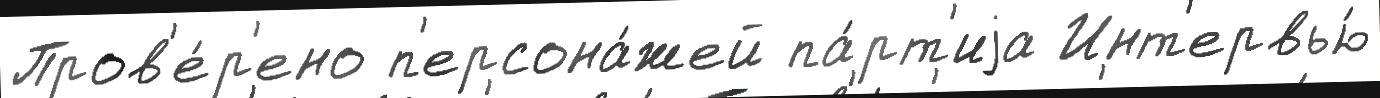
Пров'е́р'ено п'ерсона́жей па́рт'иjа Инт'ервью́